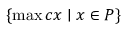
\{ \operatorname* { m a x } c x \mid x \in P \}